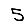
Digit: 5